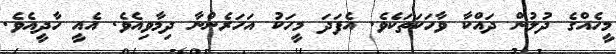
މީހެއްގެ ދުލުން ދައްކާ ވާހަކަތަކެވެ. އެފަދަ މީހަކު އަހަރެންނާ ދިމާވިއެވެ. އެއީ ހާދީއެވެ.